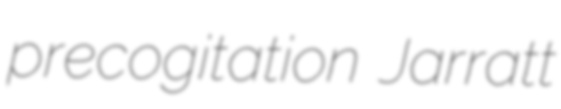
precogitation Jarratt